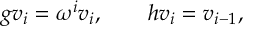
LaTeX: g v _ { i } = \omega ^ { i } v _ { i } , ~ ~ ~ ~ ~ ~ h v _ { i } = v _ { i - 1 } ,